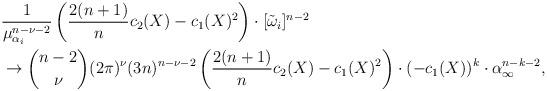
LaTeX: \begin{align*}&\frac{1}{\mu_{\alpha_i}^{n-\nu-2}}\left(\frac{2(n+1)}{n}c_2(X)-c_1(X)^2\right)\cdot[\tilde\omega_i]^{n-2}\\&\to\binom{n-2}{\nu}(2\pi)^\nu(3n)^{n-\nu-2}\left(\frac{2(n+1)}{n}c_2(X)-c_1(X)^2\right)\cdot(-c_1(X))^k\cdot\alpha_\infty^{n-k-2},\end{align*}